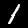
Label: 1